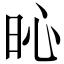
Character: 𣅵